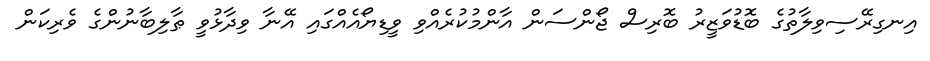
އިނގިރޭސިވިލާތުގެ ބޮޑުވަޒީރު ބޮރިސް ޖޯންސަން އާންމުކުރެއްވި ވީޑިޔޯއެއްގައި އޭނާ ވިދާޅުވީ ޠާލިބާނުންގެ ވެރިކަން